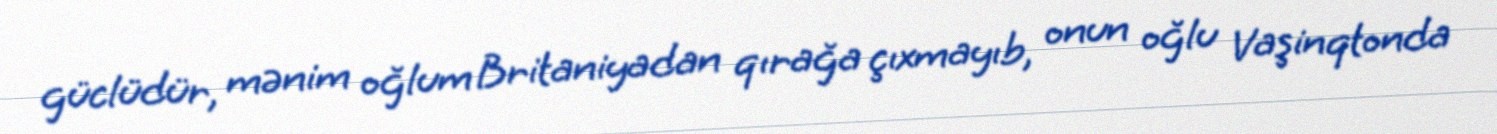
güclüdür, mənim oğlum Britaniyadan qırağa çıxmayıb, onun oğlu Vaşinqtonda